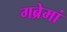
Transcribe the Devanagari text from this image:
गब्रेमां